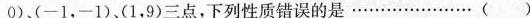
0)、(-1，-1)(1，9)三点，下列性质错误的是\ldots\ldots\ldots\ldots\ldots\ldots\ldots()